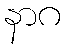
နာဂ